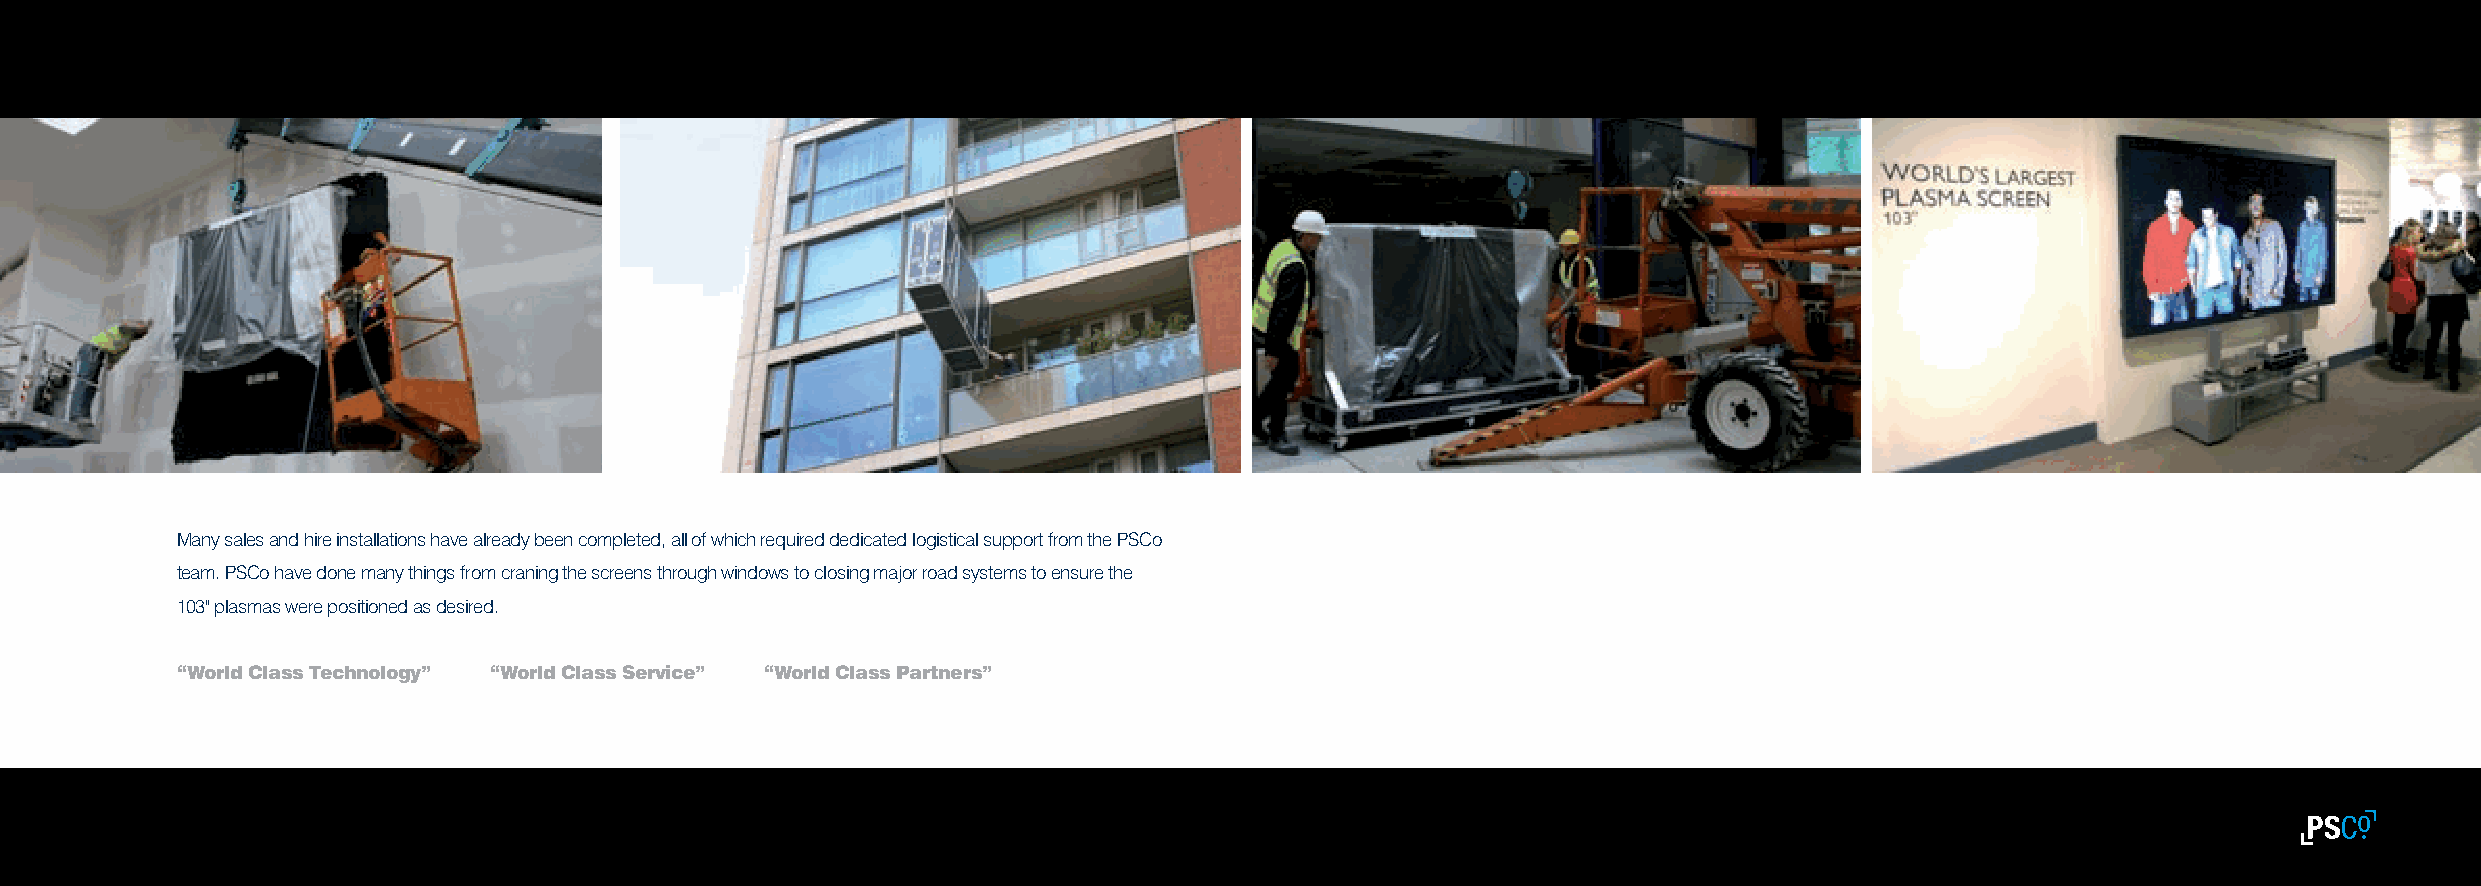
Many sales and hire installations have already been completed, all of which required dedicated logistical support from the PSCo
 team. PSCo have done many things from craning the screens through windows to closing major road systems to ensure the
 103" plasmas were positioned as desired.
 “World Class Technology” “World Class Service” “World Class Partners”